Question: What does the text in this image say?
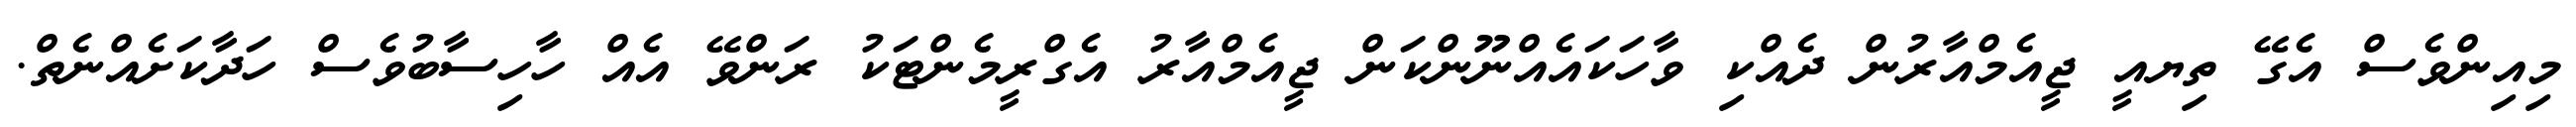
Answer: މިއިންވެސް އެގޭ ތިޔއީ ޖީއެމްއާރުން ދެއްކި ވާހަކައެއްނޫންކަން ޖީއެމްއާރު އެގްރީމެންޓަކު ރަންވޭ އެއް ހާހިސާބުވެސް ހަދާކަށެއްނެތް.